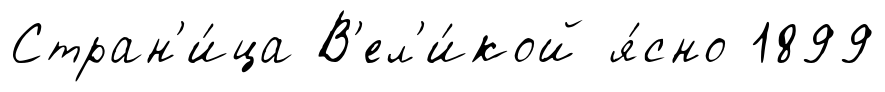
Стран'и́ца В'ел'и́кой я́сно 1899